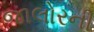
જાલોરની